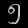
Digit: ၅